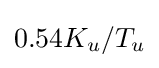
0.54K_{u}/T_{u}